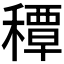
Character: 𥢏